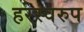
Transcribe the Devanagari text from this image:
हरस्वरुप